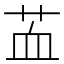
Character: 䒸